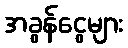
အခွန်ငွေများ